65_HS1-834228961_62-HQ-83894_Section_9
Agency: FBI
Page 85
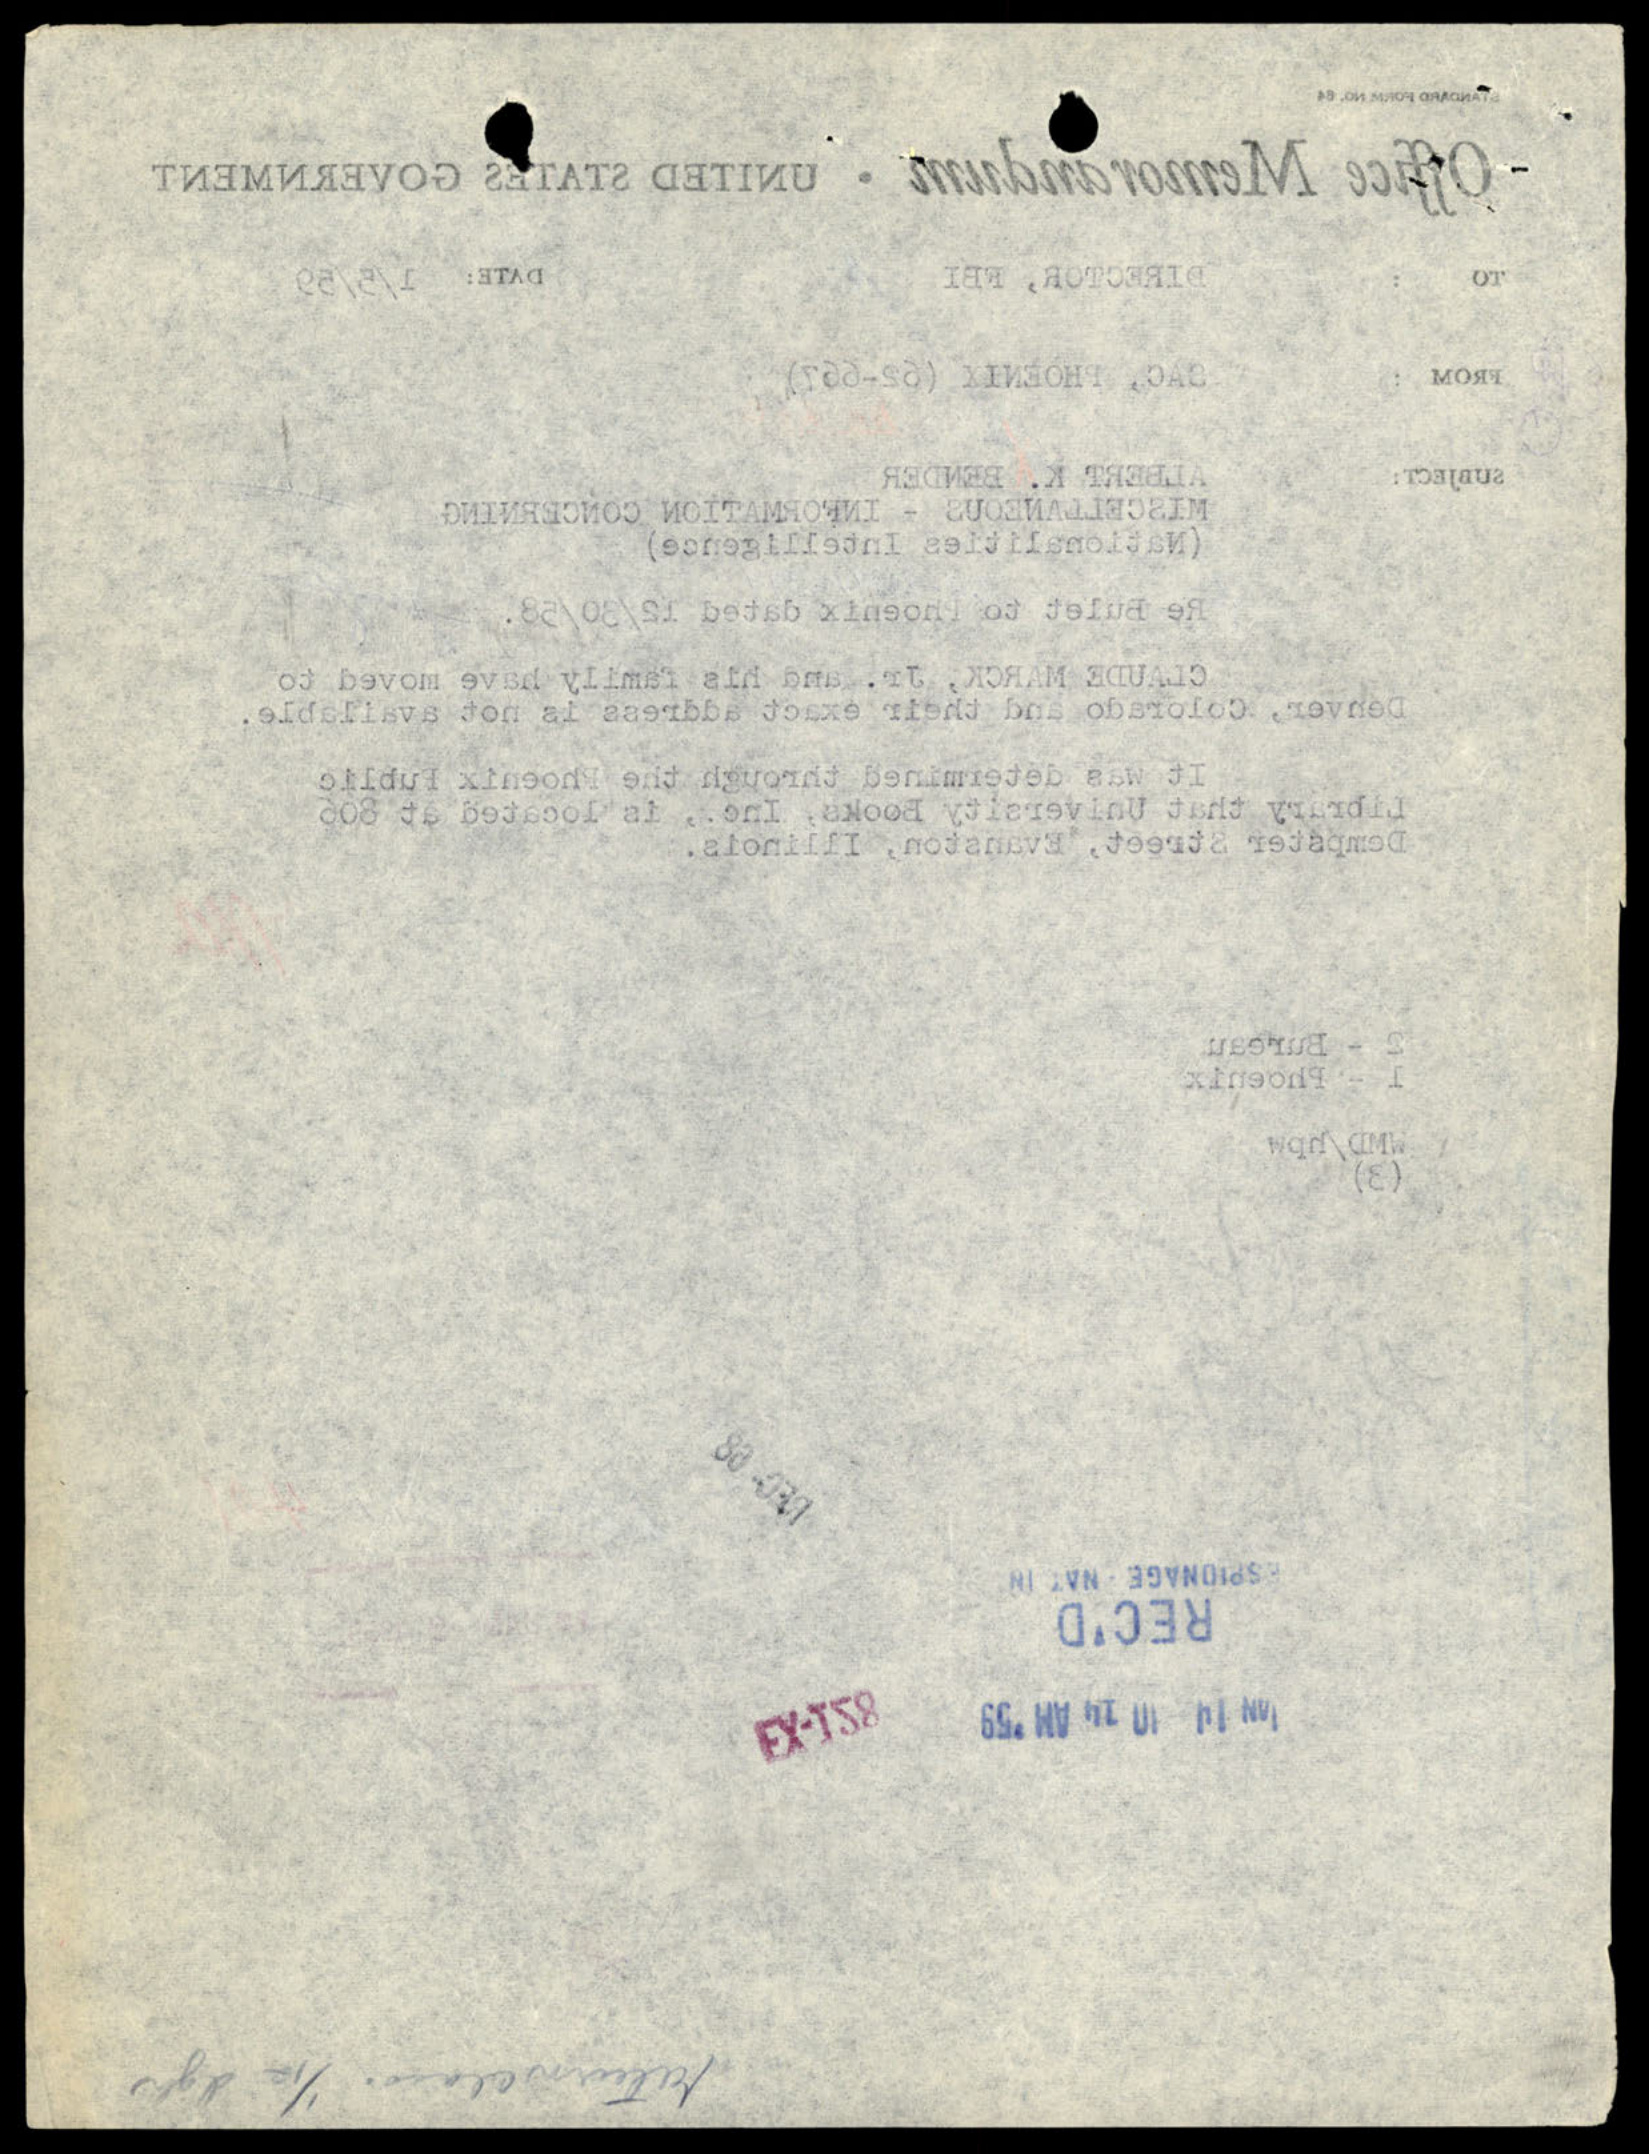